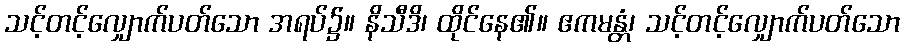
သင့်တင့်လျှောက်ပတ်သော အရပ်၌။ နိသီဒိ၊ ထိုင်နေ၏။ ဧကမန္တံ၊ သင့်တင့်လျှောက်ပတ်သော